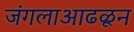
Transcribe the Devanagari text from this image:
जंगलाआढळून